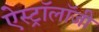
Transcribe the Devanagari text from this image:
ऐस्ट्रॉलॉजी